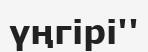
үңгірі''